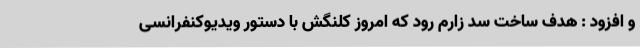
و افزود : هدف ساخت سد زارم رود که امروز کلنگش با دستور ویدیوکنفرانسی